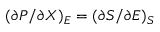
( \partial P / \partial X ) _ { E } = ( \partial S / \partial E ) _ { S }